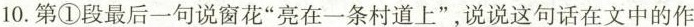
10.第①段最后一句说窗花”亮在一条村道上”，说说这句话在文中的作